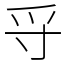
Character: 寽